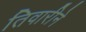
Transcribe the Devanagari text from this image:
तिवारीने